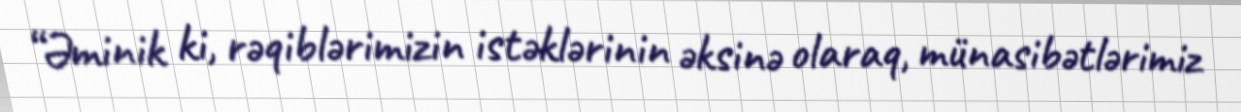
“Əminik ki, rəqiblərimizin istəklərinin əksinə olaraq, münasibətlərimiz